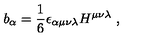
b _ { \alpha } = \frac { 1 } { 6 } \epsilon _ { \alpha \mu \nu \lambda } H ^ { \mu \nu \lambda } \ ,